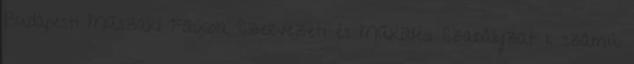
Budapesti Műszaki Főiskola Szervezeti és Működési Szabályzat 1. számú